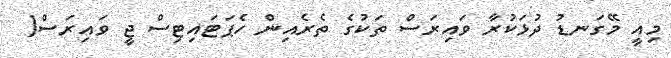
މިއީ މޭގަނޑު ދުޅަކުރާ ވައިރަސް ތަކުގެ ތެރެއިން ހެޕަޓައިޓިސް ޖީ ވައިރަސް(